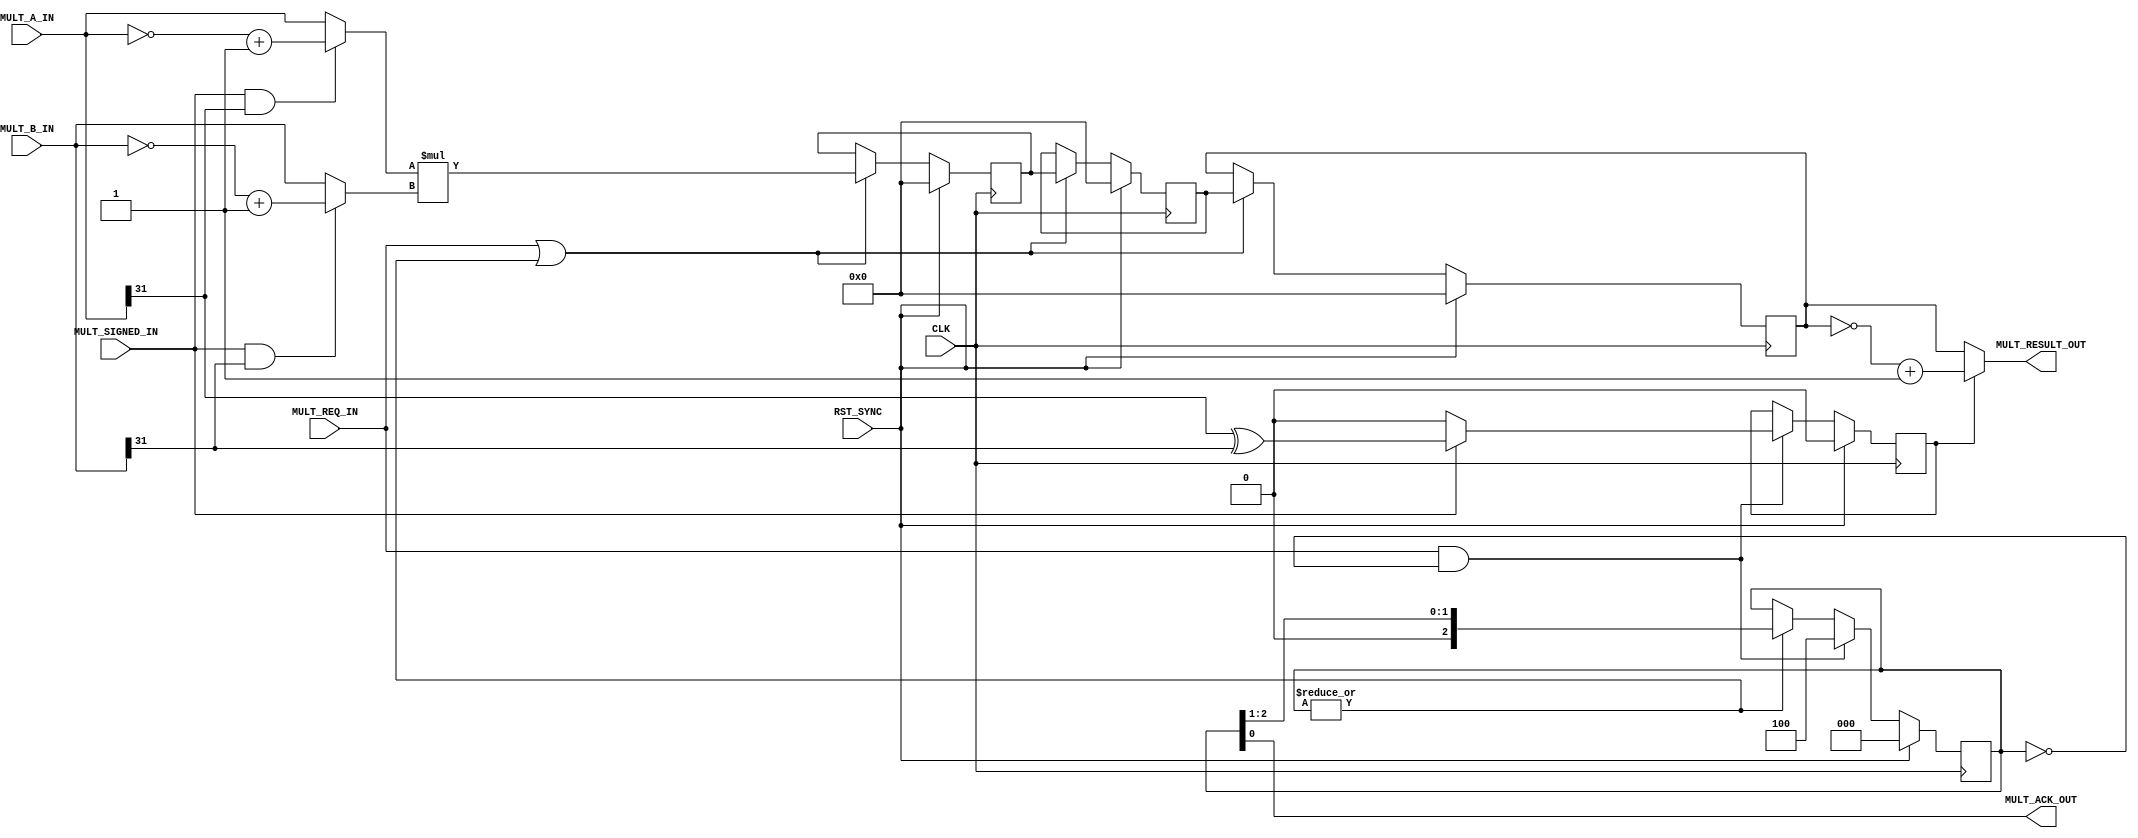
/* INSERT MODULE HEADER */


/*****************************************************************************/
module MULT
   (
    input  CLK                   ,
    input  RST_SYNC              ,

    // Inputs
    input         MULT_REQ_IN        ,
    input         MULT_SIGNED_IN     ,
    
    input  [31:0] MULT_A_IN          ,
    input  [31:0] MULT_B_IN          ,

//    output        MULT_BUSY_OUT         ,
    output        MULT_ACK_OUT ,
    output [63:0] MULT_RESULT_OUT       
    
    );


   // Multiplier signals
   reg   [31:0]  MultAReg;
   reg   [31:0]  MultBReg;   
   wire  [31:0]  MultAAbs;
   wire  [31:0]  MultBAbs;   
   reg   [31:0]  HiVal;      // HI_VAL_OUT
   reg   [31:0]  LoVal;      // LO_VAL_OUT
   wire  [63:0]  MultResComb;
   reg   [63:0]  MultValPipe [2:0];
   reg   [ 2:0]  MultExPipe;
   wire          MultBusy = MULT_REQ_IN | (| MultExPipe);
   wire          MultReqGated;
   
   wire 	 InvertResult;
   reg 		 InvertResultReg;

   wire [63:0] 	 MultResult ;

   // Need to invert the result if one of the operands is negative and
   // we're doing a signed multiply
   assign MultAAbs = (MULT_SIGNED_IN && MULT_A_IN[31]) ? ~MULT_A_IN + 32'd1 : MULT_A_IN;
   assign MultBAbs = (MULT_SIGNED_IN && MULT_B_IN[31]) ? ~MULT_B_IN + 32'd1 : MULT_B_IN;

   assign InvertResult = MULT_SIGNED_IN ? (MULT_A_IN[31] ^ MULT_B_IN[31]) : 1'b0;

   assign MultResComb = MultAAbs * MultBAbs;

   assign MultResult = InvertResultReg ? ~MultValPipe[0] + 64'd1 : MultValPipe[0];

   // Only start a new multiply if there isn't one in the pipe
   assign MultReqGated = MULT_REQ_IN && (3'b000 == MultExPipe);
   
   // Output assigns
//   assign MULT_BUSY_OUT = MultBusy;
   assign MULT_ACK_OUT = MultExPipe[0];
   assign MULT_RESULT_OUT = MultResult;
   
   // Multiply pulse pipeline.
   // Shift Reg Down from MULT_REQ_IN
   always @(posedge CLK)
   begin : MULTIPLY_PULSE_PIPE
      if (RST_SYNC)
      begin
         MultExPipe <= 3'b000;
      end
      // Only kick a new multiply off if there's not one in the pipeline
      else if (MultReqGated)
      begin
         MultExPipe <= 3'b100;
      end
      else if (| MultExPipe)
      begin
         MultExPipe <= {1'b0, MultExPipe[2:1]};
      end 
    end
   
   // Register whether to invert the result after the multiply (signed mult)
   always @(posedge CLK)
   begin : inv_result_reg
      if (RST_SYNC)
      begin
         InvertResultReg <= 1'b0;
      end
      else
      begin
         // Register the invert result flag
         if (MultReqGated)
         begin
            InvertResultReg <= InvertResult;
         end
      end
   end

   // Register absolute values to be multiplied
   always @(posedge CLK)
   begin : MULTIPLY_OPERAND_REG
      if (RST_SYNC)
      begin
         MultAReg <= 32'h0000_0000;
         MultBReg <= 32'h0000_0000;
      end
      else
      begin
         // If the multiply instruction is in the Ex phase, register operands
         if (MultReqGated)
         begin
            MultAReg <= MultAAbs;
            MultBReg <= MultBAbs;
         end
      end
   end

   // Absolute Multiply Value pipeline (64 bits).
   always @(posedge CLK)
   begin
      if (RST_SYNC)
      begin
         MultValPipe[2] <= 64'h0000_0000_0000_0000;	    
         MultValPipe[1] <= 64'h0000_0000_0000_0000;	    
         MultValPipe[0] <= 64'h0000_0000_0000_0000;
      end
      else if (MultBusy)
      begin
         MultValPipe[2] <= MultResComb;
	 MultValPipe[1] <= MultValPipe[2];
	 MultValPipe[0] <= MultValPipe[1];
      end
   end
  
/*****************************************************************************/

   

endmodule
/*****************************************************************************/